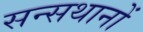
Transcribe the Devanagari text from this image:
सन्सथानों